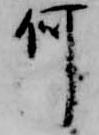
何